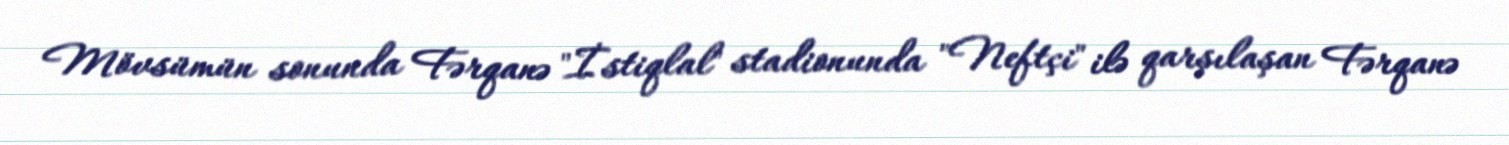
Mövsümün sonunda Fərqanə "İstiqlal" stadionunda "Neftçi" ilə qarşılaşan Fərqanə